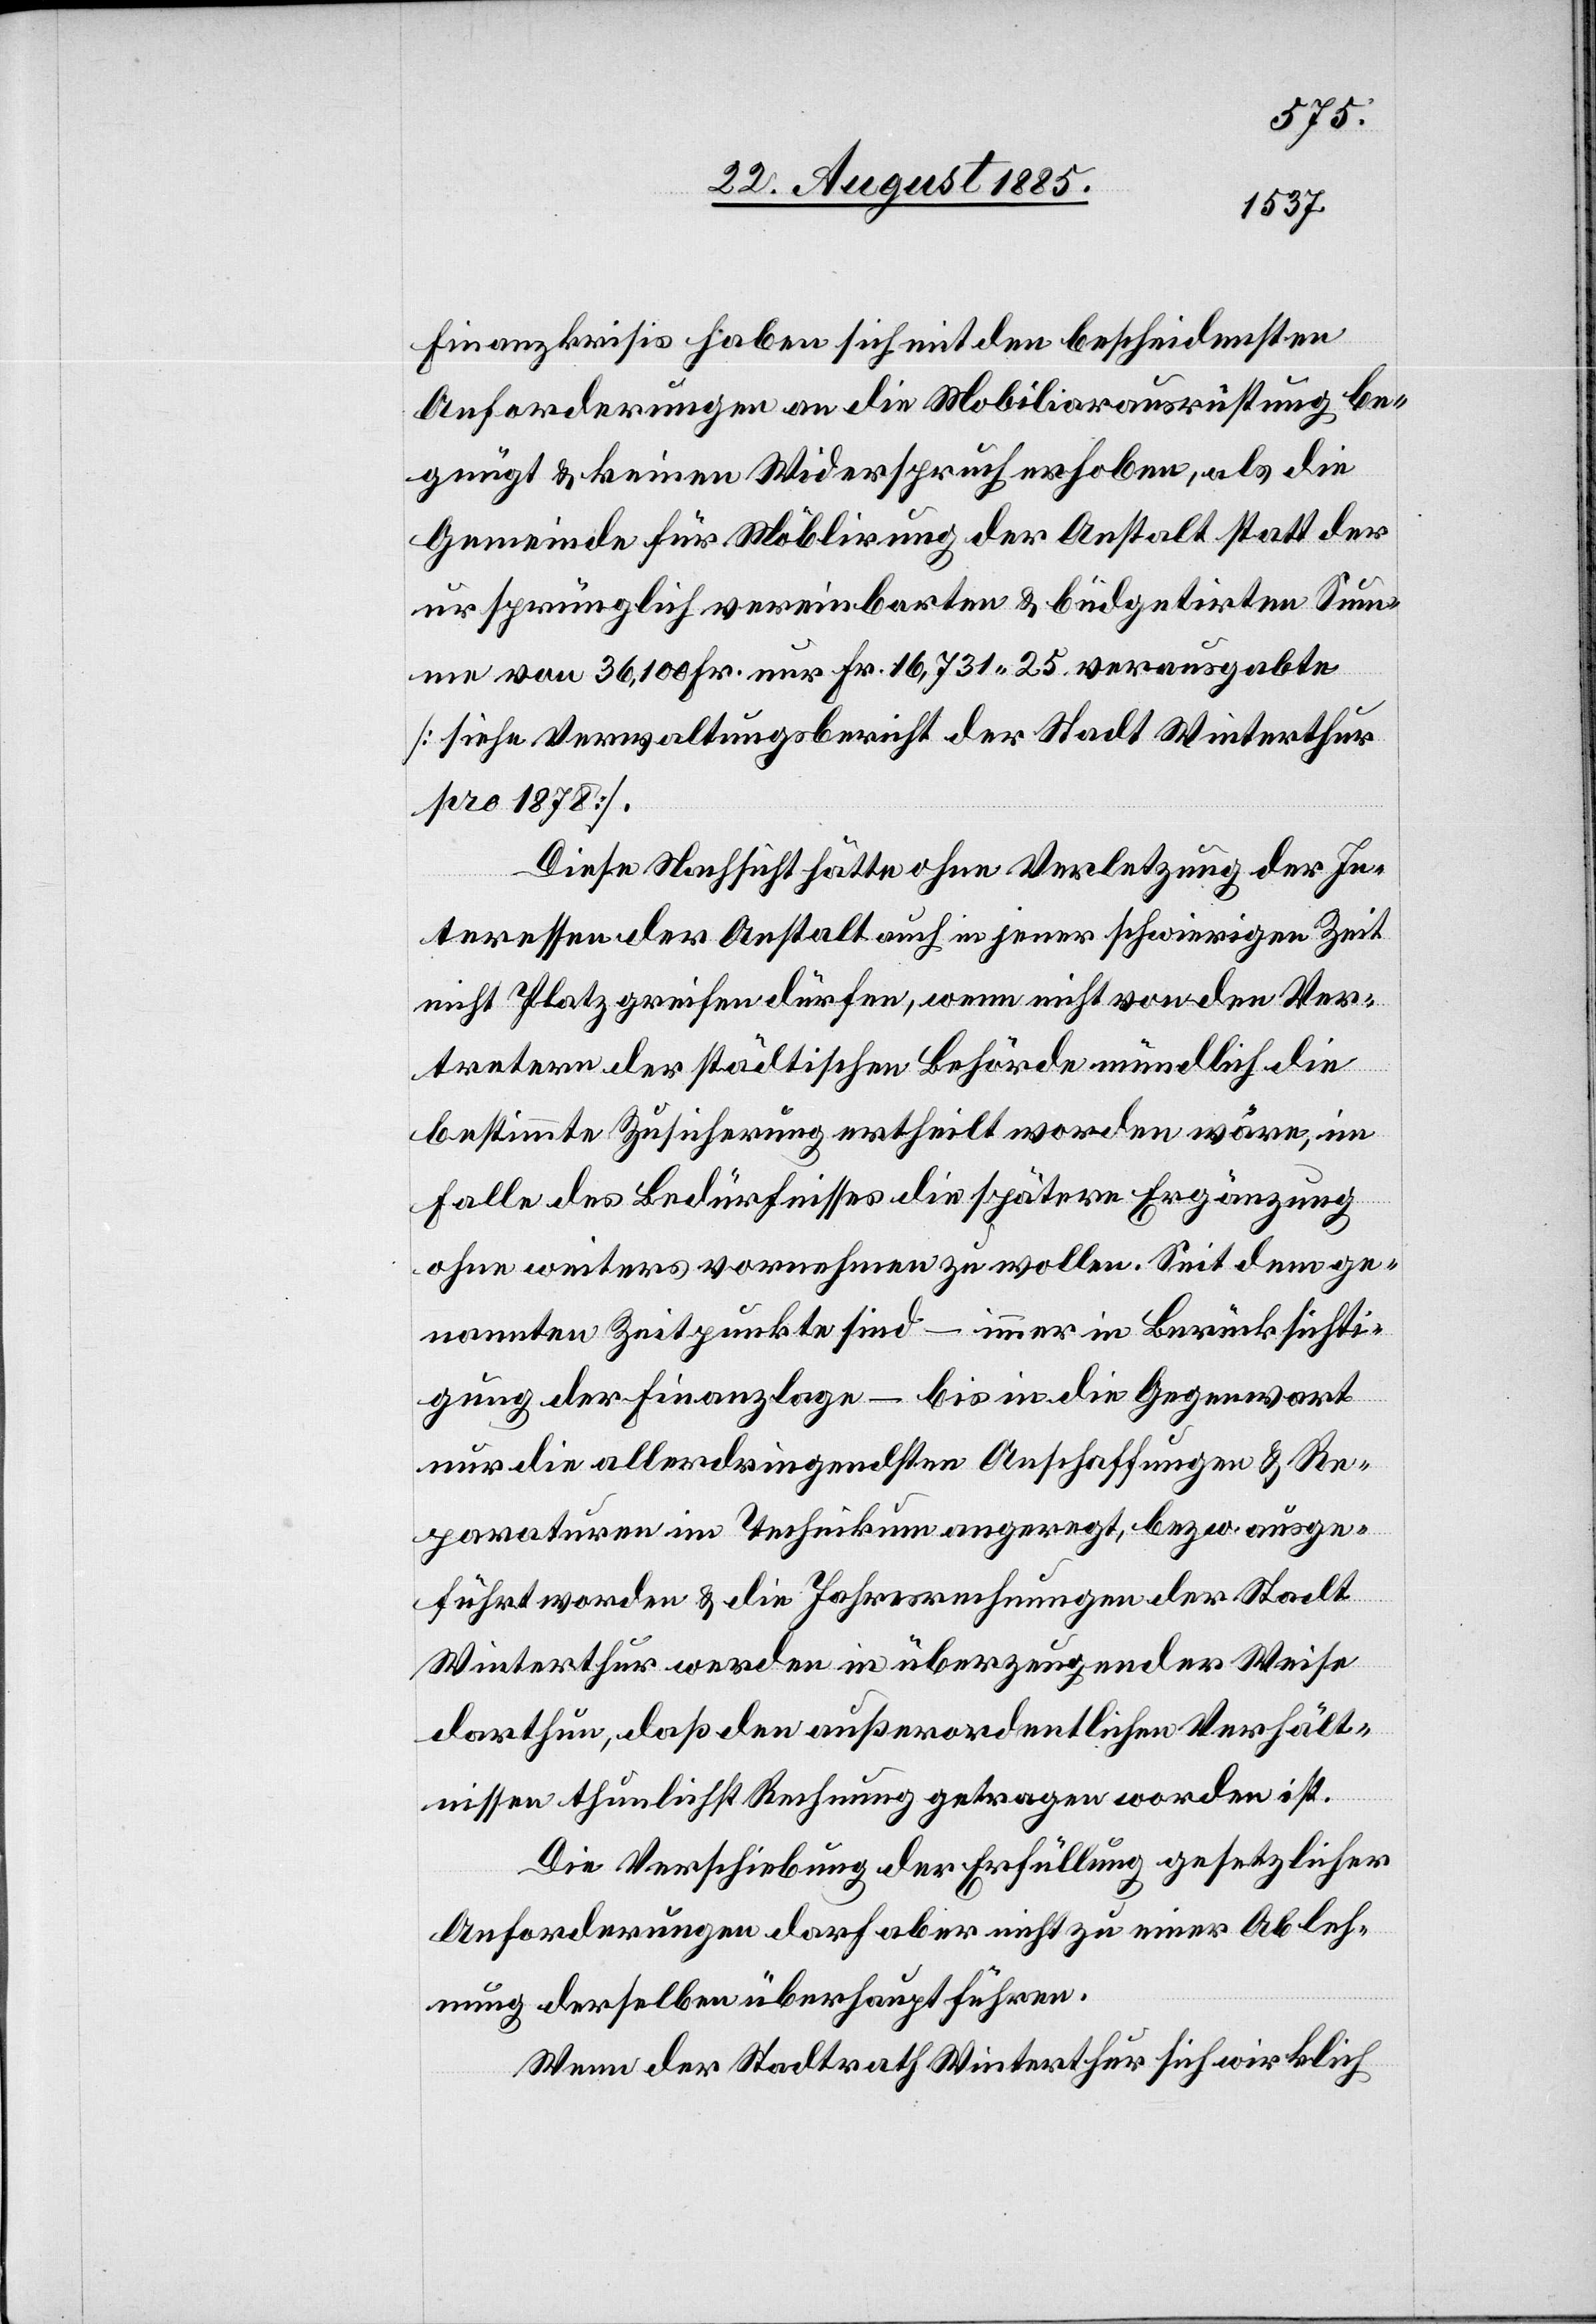
Finanzkrisis haben sich mit den bescheidensten
Anforderungen an die Mobiliarausrüstung be¬
gnügt & keinen Widerspruch erhoben, als die
Gemeinde für Möblirung der Anstalt statt der
ursprünglich vereinbarten & büdgetirten Sum¬
me von 36,100 Fr. nur Fr. 16,731 25 verausgabte
[siehe Verwaltungsbericht der Stadt Winterthur
pro 1878].
Diese Nachsicht hätte ohne Verletzung der In¬
teressen der Anstalt auch in jener schwierigen Zeit
nicht Platz greifen dürfen, wenn nicht von den Ver¬
tretern der städtischen Behörde mündlich die
bestimmte Zusicherung ertheilt worden wäre, im
Falle des Bedürfnisses die spätere Ergänzung
ohne weiteres vornehmen zu wollen. Seit dem ge¬
nannten Zeitpunkte sind – immer in Berücksichti¬
gung der Finanzlage – bis in die Gegenwart
nur die allerdringendsten Anschaffungen & Re¬
paraturen im Technikum angeregt, bezw. ausge¬
führt worden & die Jahresrechnungen der Stadt
Winterthur werden in überzeugender Weise
darthun, daß den außerordentlichen Verhält¬
nissen thunlichst Rechnung getragen worden ist.
Die Verschiebung der Erfüllung gesetzlicher
Anforderungen darf aber nicht zu einer Ableh¬
nung derselben überhaupt führen.
Wenn der Stadtrath Winterthur sich wirklich